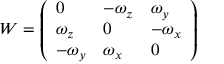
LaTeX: W = { \left( \begin{array} { l l l } { 0 } & { - \omega _ { z } } & { \omega _ { y } } \\ { \omega _ { z } } & { 0 } & { - \omega _ { x } } \\ { - \omega _ { y } } & { \omega _ { x } } & { 0 } \end{array} \right) }